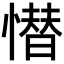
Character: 𢡚